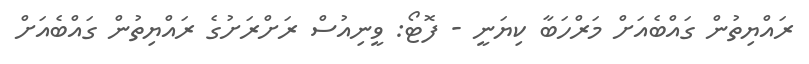
ރައްޔިތުން ގައްބެއަށް މަރްހަބާ ކިޔަނީ - ފޮޓޯ: ވީނިއުސް ރަށްރަށުގެ ރައްޔިތުން ގައްބެއަށް